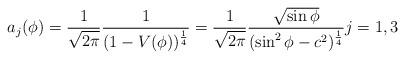
LaTeX: \begin{align*} a_j(\phi) = \frac{1}{\sqrt{2\pi}} \frac{1}{(1 - V(\phi))^\frac{1}{4}} = \frac{1}{\sqrt{2\pi}} \frac{\sqrt{\sin \phi}}{(\sin^2\phi - c^2)^\frac{1}{4}} j = 1,3\end{align*}